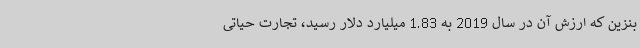
بنزین که ارزش آن در سال 2019 به 1.83 میلیارد دلار رسید، تجارت حیاتی